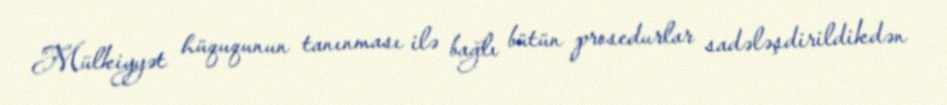
Mülkiyyət hüququnun tanınması ilə bağlı bütün prosedurlar sadələşdirildikdən